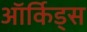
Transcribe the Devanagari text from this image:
ऑर्किड्स